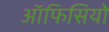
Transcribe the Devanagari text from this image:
ऑफिसियो